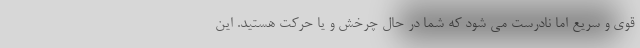
قوی و سریع اما نادرست می شود که شما در حال چرخش و یا حرکت هستید. این